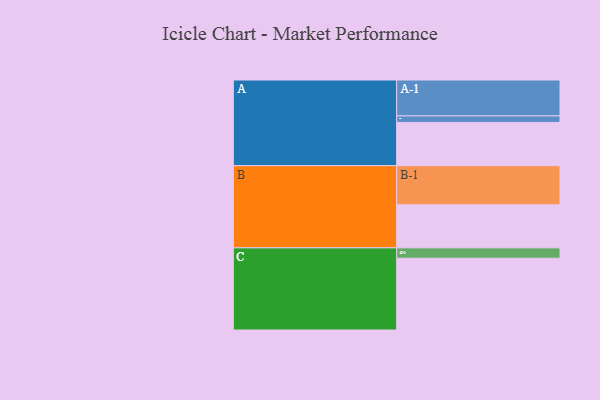
{"axis": {"x": "Segment", "y": "Value"}, "legend": ["", "A", "B", "C"], "data": [{"x": "A", "y": 330, "type": ""}, {"x": "B", "y": 328, "type": ""}, {"x": "C", "y": 548, "type": ""}, {"x": "A-1", "y": 274, "type": "A"}, {"x": "A-2", "y": 50, "type": "A"}, {"x": "B-1", "y": 299, "type": "B"}, {"x": "C-1", "y": 79, "type": "C"}]}